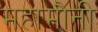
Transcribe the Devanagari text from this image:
महामौनी